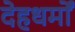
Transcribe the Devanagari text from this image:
देहधर्मों